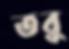
তবু